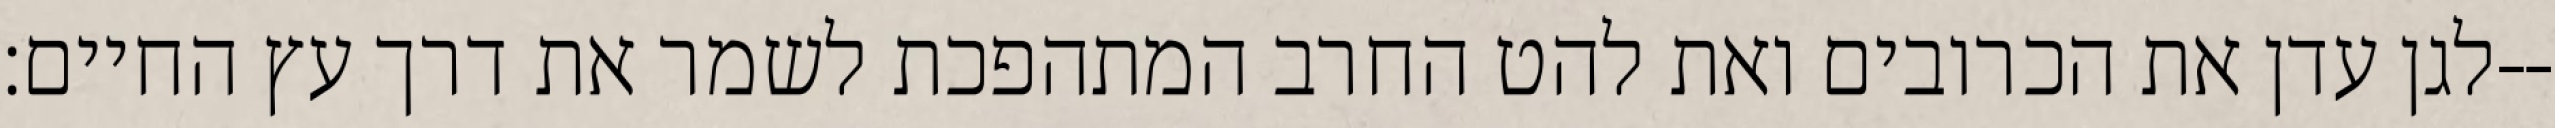
לגן עדן את הכרובים ואת להט החרב המתהפכת לשמר את דרך עץ החיים׃--